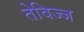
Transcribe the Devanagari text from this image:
तेविज्ज